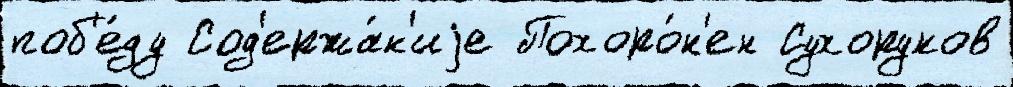
поб'е́ду Сод'ержа́н'иjе Похоро́н'ен Сухоруков